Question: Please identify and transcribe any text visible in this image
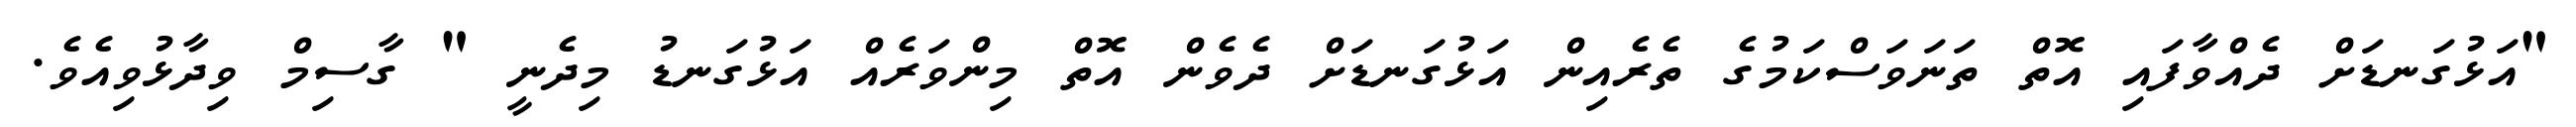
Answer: "އަޅުގަނޑަށް ދެއްވާފައި އޮތް ތަނަވަސްކަމުގެ ތެރެއިން އަޅުގަނޑަށް ދެވެން އޮތް މިންވަރެއް އަޅުގަނޑު މިދެނީ " ގާސިމް ވިދާޅުވިއެވެ.